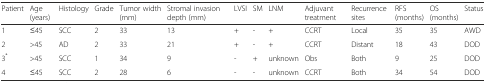
<table><thead><tr><td><b>Patient</b></td><td><b>Age (years)</b></td><td><b>Histology</b></td><td><b>Grade</b></td><td><b>Tumor width (mm)</b></td><td><b>Stromal invasion depth (mm)</b></td><td><b>LVSI</b></td><td><b>SM</b></td><td><b>LNM</b></td><td><b>Adjuvant treatment</b></td><td><b>Recurrence sites</b></td><td><b>RFS (months)</b></td><td><b>OS (months)</b></td><td><b>Status</b></td></tr></thead><tbody><tr><td>1</td><td>≤45</td><td>SCC</td><td>2</td><td>33</td><td>13</td><td>+</td><td>-</td><td>+</td><td>CCRT</td><td>Local</td><td>35</td><td>35</td><td>AWD</td></tr><tr><td>2</td><td>&gt;45</td><td>AD</td><td>2</td><td>33</td><td>21</td><td>+</td><td>-</td><td>+</td><td>CCRT</td><td>Distant</td><td>18</td><td>43</td><td>DOD</td></tr><tr><td>3<sup>*</sup></td><td>&gt;45</td><td>SCC</td><td>1</td><td>34</td><td>9</td><td>-</td><td>+</td><td>unknown</td><td>Obs</td><td>Both</td><td>9</td><td>25</td><td>DOD</td></tr><tr><td>4</td><td>≤45</td><td>SCC</td><td>2</td><td>28</td><td>6</td><td>-</td><td>-</td><td>unknown</td><td>CCRT</td><td>Both</td><td>34</td><td>54</td><td>DOD</td></tr></tbody></table>